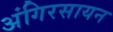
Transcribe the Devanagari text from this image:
अंगिरसायन